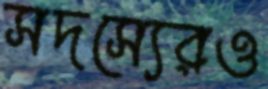
সদস্যেরও